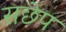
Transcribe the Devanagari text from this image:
सछेप